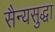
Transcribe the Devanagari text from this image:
सैन्यसुद्धा